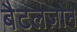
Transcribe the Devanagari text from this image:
बैटलज़ोन